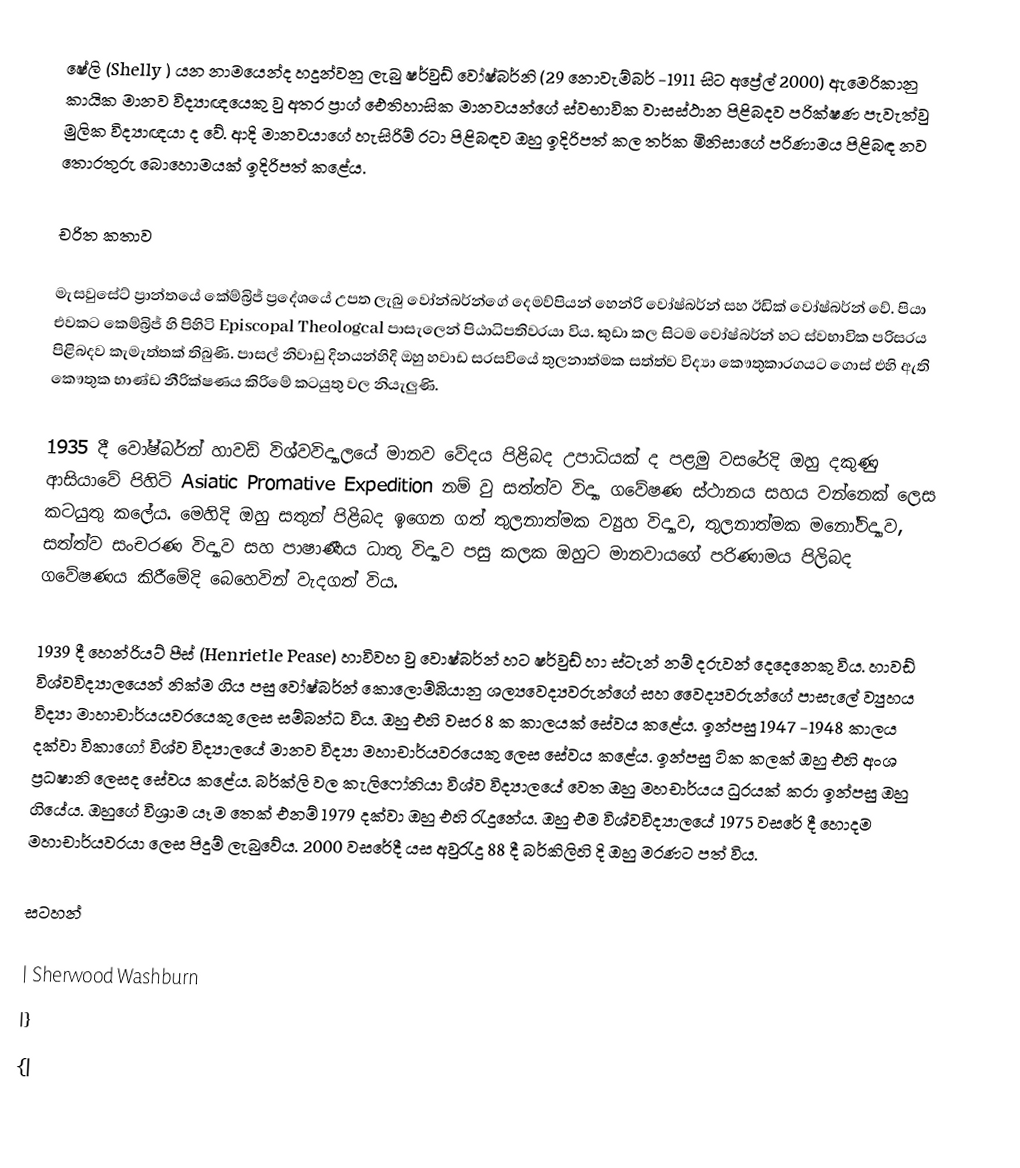
ෂේලි (Shelly ) යන නාමයෙන්ද හදුන්වනු ලැබු ෂර්වුඩ් වෝෂ්බර්නි (29 නොවැම්බර් -1911 සිට අප්‍රේල් 2000) ඇමෙරිකානු කායික මානව විද්‍යාඥයෙකු වු අතර ප්‍රාග් ඓතිහාසික මානවයන්ගේ ස්වභාවික වාසස්ථාන පිළිබදව පරික්ෂණ පැවැත්වු මුලික විද්‍යාඥයා ද වේ. ආදි මානවයාගේ හැසිරිම් රටා පිළිබඳව ඔහු ඉදිරිපත් කල තර්ක මිනිසාගේ පරිණාමය පිළිබඳ නව තොරතුරු බොහොමයක් ඉදිරිපත් කළේය.

චරිත කතාව

මැසවුසේට් ප්‍රාන්තයේ කේම්බ්‍රිජ් ප්‍රදේශයේ උපත ලැබු වෝන්බර්න්ගේ දෙමව්පියන් හෙන්රි වෝෂ්බර්න් සහ ඊඩික් වෝෂ්බර්න් වේ. පියා එවකට කෙම්බ්‍රිජ් හි පිහිටි Episcopal Theologcal පාසැලෙන් පිඨාධිපතිවරයා විය. කුඩා කල සිටම වෝෂ්බර්න් හට ස්වභාවික පරිසරය පිළිබදව කැමැත්තක් තිබුණි. පාසල් නිවාඩු දිනයන්හිදි ඔහු හවාඩ සරසවියේ තුලනාත්මක සත්ත්ව විද්‍යා කෞතුකාරගයට ගොස් එහි ඇති කෞතුක භාණ්ඩ නීරික්ෂණය කිරිමේ කටයුතු වල නියැලුණි.

1935 දී වෝෂ්බර්න් හාවඩ් විශ්වවිද්‍යාලයේ මානව වේදය පිළිබද උපාධියක් ද පළමු වසරේදි ඔහු දකුණු ආසියාවේ පිහිටි Asiatic Promative Expedition නම් වු සත්ත්ව විද්‍යා ගවේෂණ ස්ථානය සහය වන්නෙක් ලෙස කටයුතු කලේය. මෙහිදි ඔහු සතුන් පිළිබද ‍ඉ‍ගෙන ගත් තුලනාත්මක ව්‍යුහ විද්‍යාව, තුලනාත්මක මනෝවිද්‍යාව, සත්ත්ව සංචරණ විද්‍යාව සහ පාෂාණීය ධාතු විද්‍යාව පසු කලක ඔහුට මානවායගේ පරිණාමය පිලිබද ගවේෂණය කිරීමේදි බෙහෙවින් වැදගත් විය.

1939 දී හෙන්රියට් පීස් (Henrietle Pease) හාවිවහ වු වොෂ්බර්න් හට ෂර්වුඩ් හා ස්ටැන් නම් දරුවන් දෙදෙනෙකු විය. හාවඩ් විශ්වවිද්‍යාලයෙන් නික්ම ගිය පසු වෝෂ්බර්න් කොලොම්බියානු ශල්‍යවෙද්‍යවරුන්ගේ සහ වෛද්‍යවරුන්ගේ පාසැලේ ව්‍යුහය විද්‍යා මාහාචාර්යයවරයෙකු ලෙස සම්බන්ධ විය. ඔහු එහි වසර 8 ක කාලයක් සේවය ක‍ළේය. ඉන්පසු 1947 -1948 කාලය දක්වා විකාගෝ විශ්ව විද්‍යාලයේ මානව විද්‍යා මහාචාර්යවරයෙකු ලෙස සේවය කළේය. ඉන්පසු ටික කලක් ඔහු එහි අංශ ප්‍රධෂානි ලෙසද සේවය ක‍ළේය. බර්ක්ලි වල කැලිෆෝනියා විශ්ව විද්‍යාලයේ වෙත ඔහු මහචාර්යය ධුරයක් කරා ඉන්පසු ඔහු ගියේය. ඔහුගේ විශ්‍රාම යෑම තෙක් එනම් 1979 දක්වා ඔහු එහි රැදුනේය. ඔහු එම විශ්වවිද්‍යාලයේ 1975 වසරේ දී හොදම මහාචාර්යවරයා ලෙස පිදුම් ලැබුවේය. 2000 වසරේදී යස අවුරැදු 88 දී බර්කිලිහි දි ඔහු මරණට පත් විය.

සටහන්

| Sherwood Washburn
|}
{|